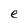
Character: e